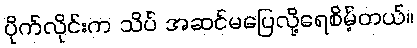
ပိုက်လိုင်းက သိပ် အဆင်မပြေလို့ရေစိမ့်တယ်။